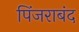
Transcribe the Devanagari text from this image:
पिंजराबंद